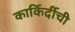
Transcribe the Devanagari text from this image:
कार्किर्दीची